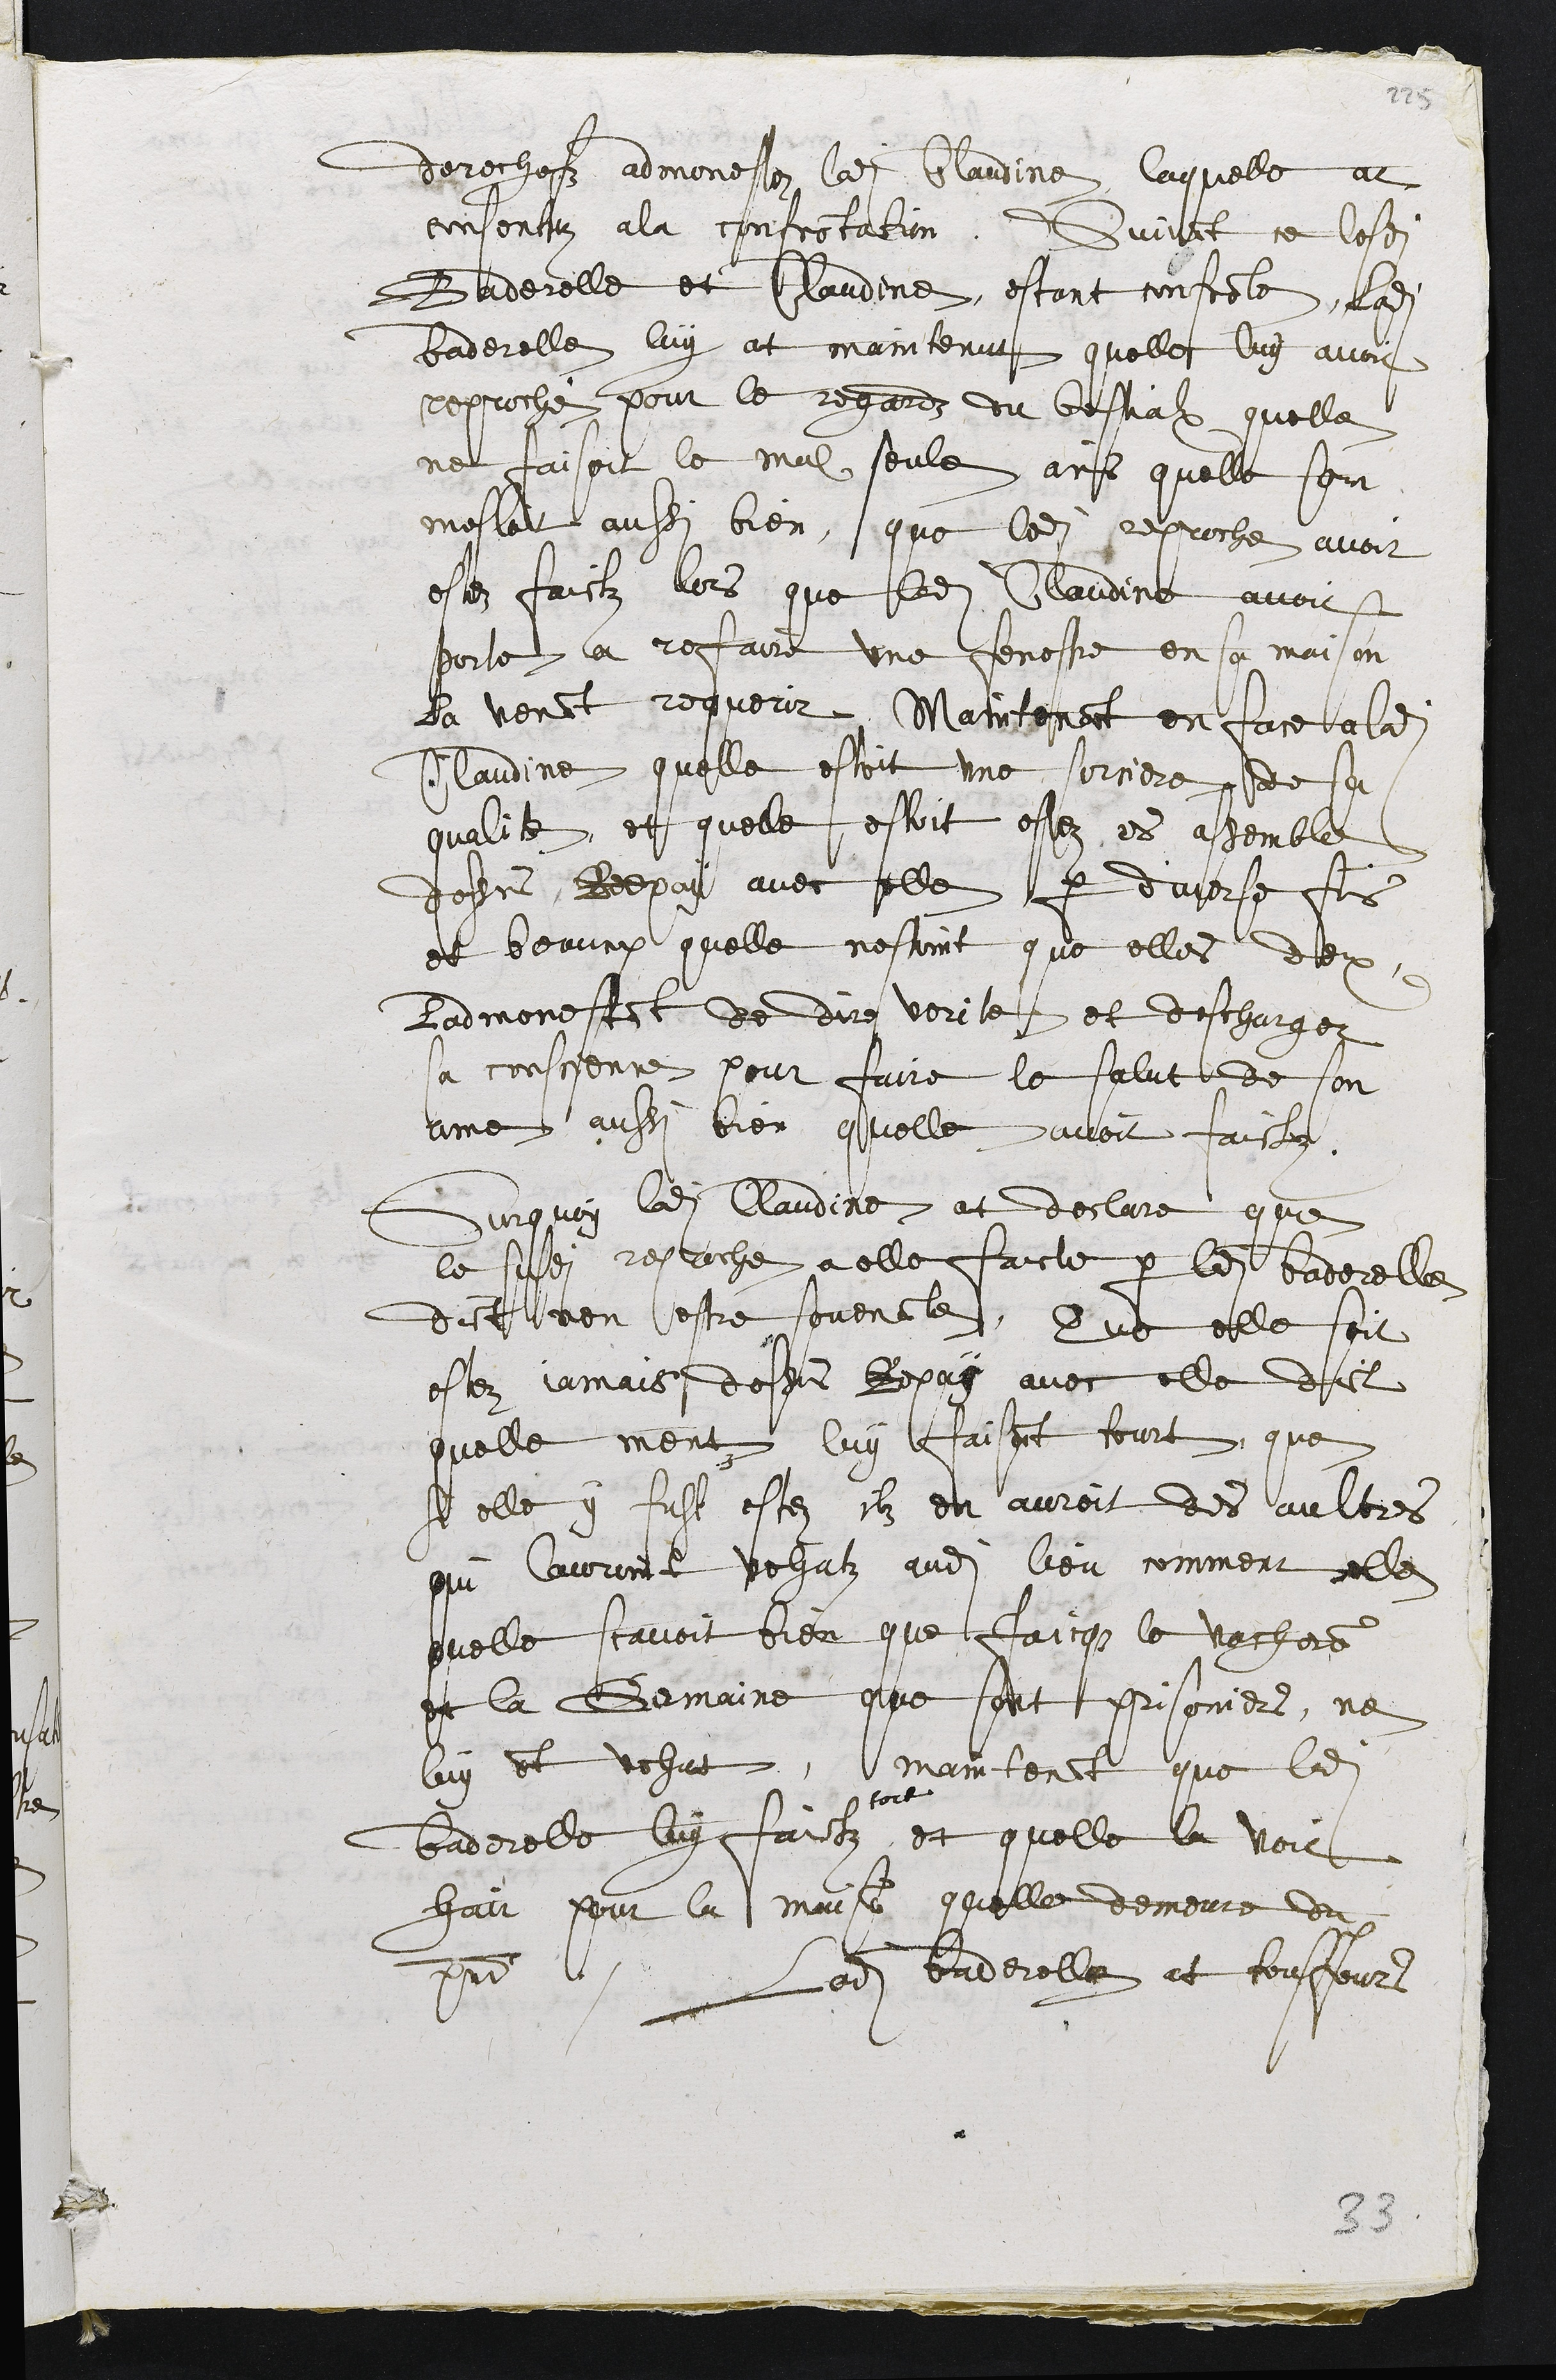
derechefz admonestez ladite Claudine, laquelle at
consentuz a la confrontation. Suivant ce lesdites
Baderelle et Claudine, estant confronte, ladite
baderelle luy at maintenut quelle luy avoit
reproché pour le regardz du bestialx quelle
ne faisoit le mal seule ains quelle sen
mesloit aussi bien, que ledit reproche avoit
estez faictz lors que ladite Claudine avoit
porte a refaire une fenestre en sa maison
la venant requerir. Maintenant en face aladite
Claudine quelle estoit une sorciere de sa
qualite, et quelle estoit estez es assemble
dessus Repay avec elle par diverse fois
et beaucop quelle nestoint que elles deux
Ladmonestant de dire verite et descharger
sa conscience pour faire le salut de son
ame aussi bien quelle avoit faictz.
Surquoy ladite Claudine at declare que
le susdit reproche a elle faicte par ladite Baderelle
dict nen estre souvenante, Que elle soit
estez jamais dessus Repay avec elle dict
quelle ment luy faisant tourt que
si elle y fust estez ilz en auroit des aultres
qui lauroint vehutz audit lieu comment elle
quelle scavoit bien que Jaicque le vachers
et la Germaine que sont prisoniers, ne
luy ont vehut, maintenant que ladite
baderelle luy faictz
tort
et quelle la voit
hair pour la maison quelle demeure du
present. Ladite Baderelle at tousjours
33